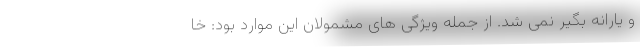
و یارانه بگیر نمی شد. از جمله ویژگی های مشمولان این موارد بود: خا